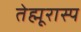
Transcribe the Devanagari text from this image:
तेह्मूरास्प